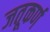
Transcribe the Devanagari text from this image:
जतूकर्ण